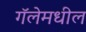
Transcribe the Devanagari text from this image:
गॅलेमधील